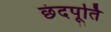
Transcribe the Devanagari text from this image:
छंदपूर्ति